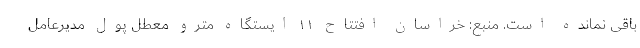
باقی نمانده است. منبع: خراسان افتتاح ۱۱ ایستگاه مترو معطل پول مدیرعامل